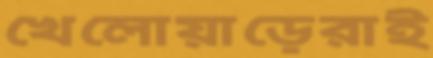
খেলোয়াড়েরাই